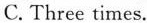
C. Three times.